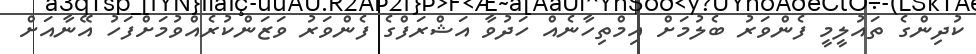
ކުދިންގެ ތައުލީމީ ފެންވަރު ބެލުމަށް އިމްތިހާނެއް ހަދުވާ އަޝްރަފްގެ ފެންވަރު ވަޒަންކުރެއްވުމަށްފަހު އޭނާއަށް